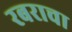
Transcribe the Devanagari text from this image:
रबराचा